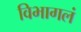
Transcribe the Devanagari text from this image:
विभागलं